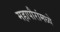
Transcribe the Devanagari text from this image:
महापौरांमध्ये